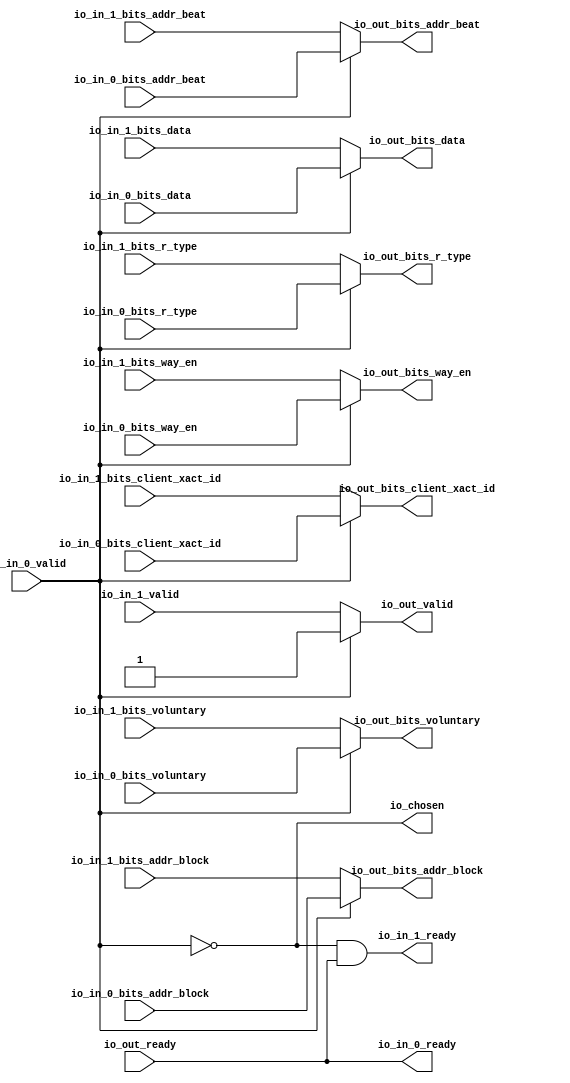
module Arbiter_4
(
  io_in_1_ready,
  io_in_1_valid,
  io_in_1_bits_addr_beat,
  io_in_1_bits_addr_block,
  io_in_1_bits_client_xact_id,
  io_in_1_bits_voluntary,
  io_in_1_bits_r_type,
  io_in_1_bits_data,
  io_in_1_bits_way_en,
  io_in_0_ready,
  io_in_0_valid,
  io_in_0_bits_addr_beat,
  io_in_0_bits_addr_block,
  io_in_0_bits_client_xact_id,
  io_in_0_bits_voluntary,
  io_in_0_bits_r_type,
  io_in_0_bits_data,
  io_in_0_bits_way_en,
  io_out_ready,
  io_out_valid,
  io_out_bits_addr_beat,
  io_out_bits_addr_block,
  io_out_bits_client_xact_id,
  io_out_bits_voluntary,
  io_out_bits_r_type,
  io_out_bits_data,
  io_out_bits_way_en,
  io_chosen
);

  input [1:0] io_in_1_bits_addr_beat;
  input [25:0] io_in_1_bits_addr_block;
  input [5:0] io_in_1_bits_client_xact_id;
  input [2:0] io_in_1_bits_r_type;
  input [127:0] io_in_1_bits_data;
  input [3:0] io_in_1_bits_way_en;
  input [1:0] io_in_0_bits_addr_beat;
  input [25:0] io_in_0_bits_addr_block;
  input [5:0] io_in_0_bits_client_xact_id;
  input [2:0] io_in_0_bits_r_type;
  input [127:0] io_in_0_bits_data;
  input [3:0] io_in_0_bits_way_en;
  output [1:0] io_out_bits_addr_beat;
  output [25:0] io_out_bits_addr_block;
  output [5:0] io_out_bits_client_xact_id;
  output [2:0] io_out_bits_r_type;
  output [127:0] io_out_bits_data;
  output [3:0] io_out_bits_way_en;
  input io_in_1_valid;
  input io_in_1_bits_voluntary;
  input io_in_0_valid;
  input io_in_0_bits_voluntary;
  input io_out_ready;
  output io_in_1_ready;
  output io_in_0_ready;
  output io_out_valid;
  output io_out_bits_voluntary;
  output io_chosen;
  wire [1:0] io_out_bits_addr_beat;
  wire [25:0] io_out_bits_addr_block;
  wire [5:0] io_out_bits_client_xact_id;
  wire [2:0] io_out_bits_r_type;
  wire [127:0] io_out_bits_data;
  wire [3:0] io_out_bits_way_en;
  wire io_in_1_ready,io_in_0_ready,io_out_valid,io_out_bits_voluntary,io_chosen,N0,N1,
  io_out_ready,T10;
  assign io_in_0_ready = io_out_ready;
  assign io_chosen = ~io_in_0_valid;
  assign io_out_bits_way_en = (N0)? io_in_1_bits_way_en : 
                              (N1)? io_in_0_bits_way_en : 1'b0;
  assign N0 = io_chosen;
  assign N1 = io_in_0_valid;
  assign io_out_bits_data = (N0)? io_in_1_bits_data : 
                            (N1)? io_in_0_bits_data : 1'b0;
  assign io_out_bits_r_type = (N0)? io_in_1_bits_r_type : 
                              (N1)? io_in_0_bits_r_type : 1'b0;
  assign io_out_bits_voluntary = (N0)? io_in_1_bits_voluntary : 
                                 (N1)? io_in_0_bits_voluntary : 1'b0;
  assign io_out_bits_client_xact_id = (N0)? io_in_1_bits_client_xact_id : 
                                      (N1)? io_in_0_bits_client_xact_id : 1'b0;
  assign io_out_bits_addr_block = (N0)? io_in_1_bits_addr_block : 
                                  (N1)? io_in_0_bits_addr_block : 1'b0;
  assign io_out_bits_addr_beat = (N0)? io_in_1_bits_addr_beat : 
                                 (N1)? io_in_0_bits_addr_beat : 1'b0;
  assign io_out_valid = (N0)? io_in_1_valid : 
                        (N1)? io_in_0_valid : 1'b0;
  assign io_in_1_ready = T10 & io_out_ready;
  assign T10 = ~io_in_0_valid;

endmodule